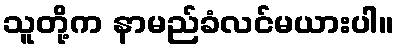
သူတို့က နာမည်ခံလင်မယားပါ။